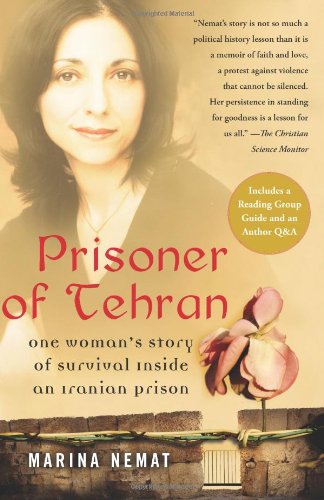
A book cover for Prisoner of Tehran: One Woman's Story of Survival Inside an Iranian Prison; M. Nemat; History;